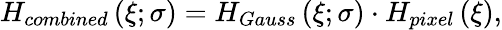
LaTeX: H_{combined}\left(\xi;\sigma\right)=H_{Gauss}\left(\xi;\sigma\right)\cdot H_{pixel}\left(\xi\right),